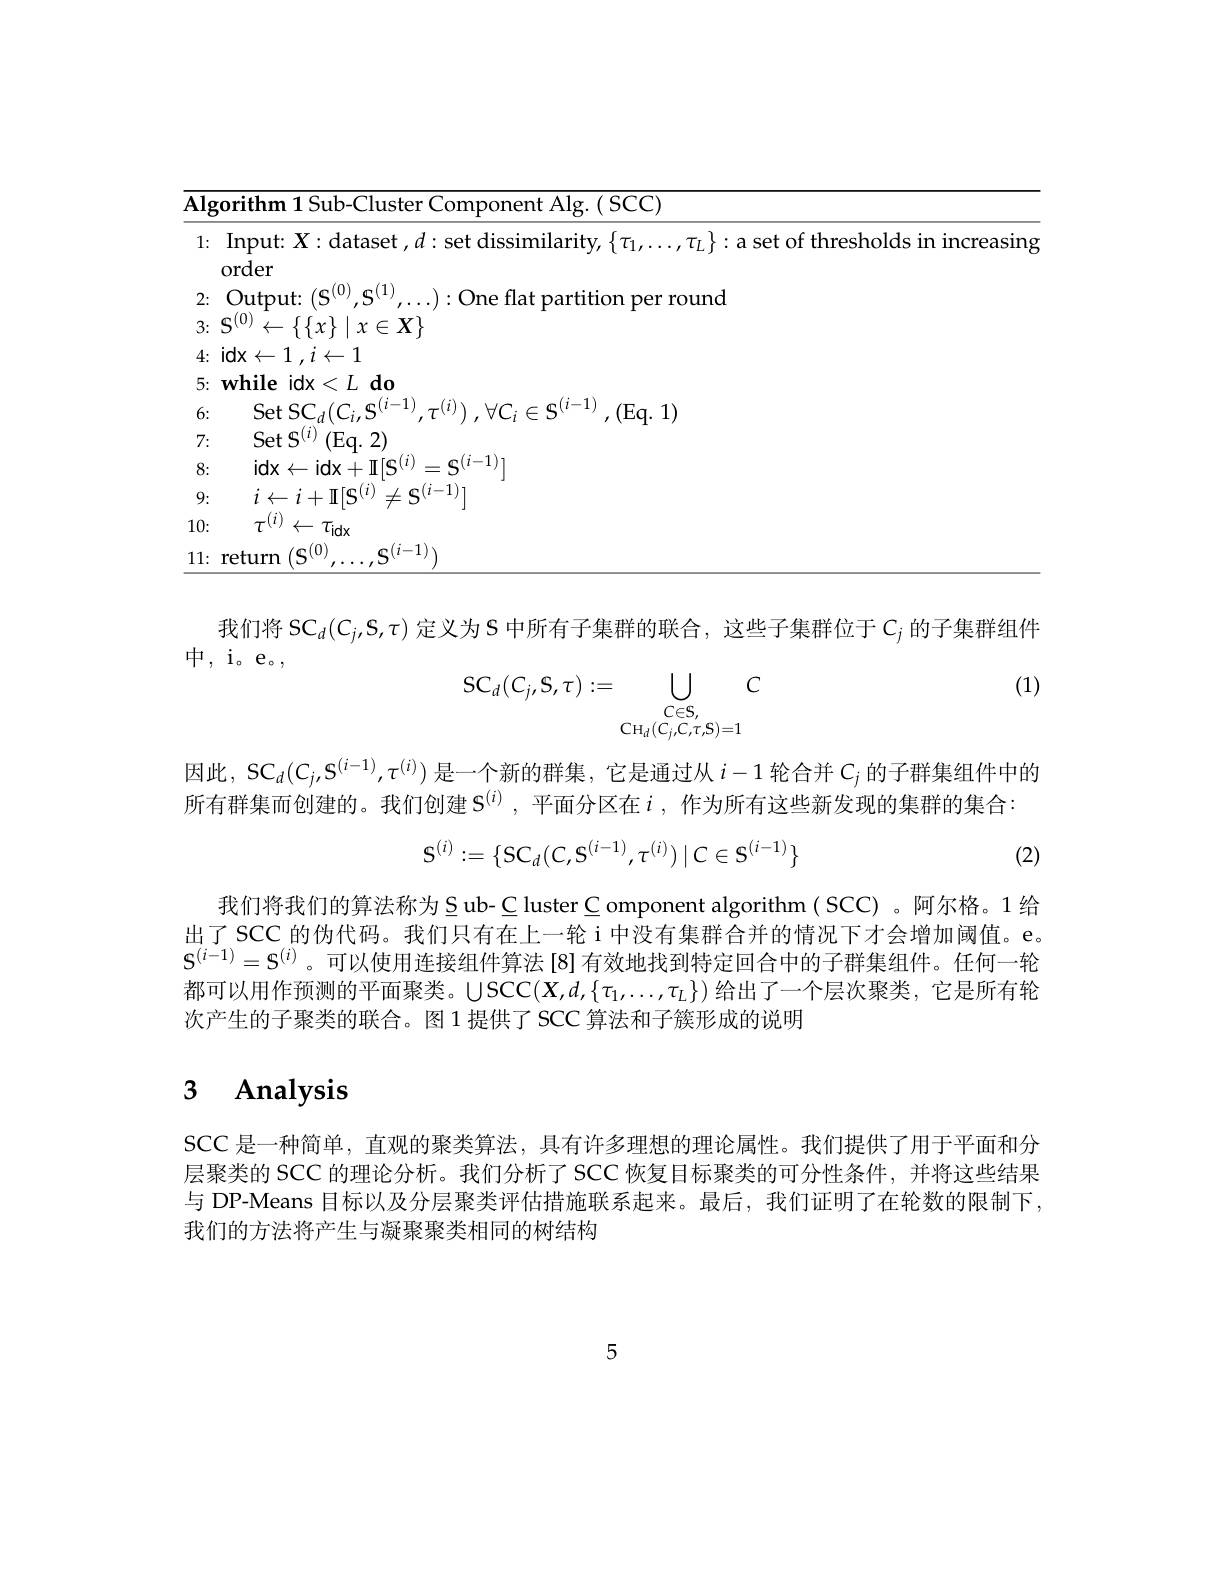
<table>
	<tbody>
		<tr>
			<td>$\overline{\mathbf{Alg}}$</td>
			<td>$\overline{\mathbf{Alg}}$</td>
			<td>rMrifhh ${\mathbf{1.}}$ omponent Alg. ( SCC) </td>
		</tr>
		<tr>
			<td>1:</td>
			<td>1:</td>
			<td>Input: $X:$dataset, $d:$ set dissimilarity, $\{\tau_1,\ldots,\tau_L\}:$ a set of thresholds in increasing order</td>
		</tr>
		<tr>
			<td>6:</td>
			<td>6:</td>
			<td>iet S( (Eq. 1)</td>
		</tr>
		<tr>
			<td>7:</td>
			<td>7:</td>
			<td>$\operatorname{Set}\mathcal{S}^{(i)}\left(\mathrm{Eq.~2}\right)$</td>
		</tr>
		<tr>
			<td>8:</td>
			<td>8:</td>
			<td>idx$\leftarrow$idx+I$[\mathbf{S}^(i)=\mathbf{S}^{(i-1)}]$</td>
		</tr>
		<tr>
			<td>9:</td>
			<td>9:</td>
			<td>$i\leftarrow i+\Pi[\mathbf{S}^{(i)}\neq\mathbf{S}^{(i-1)}]$</td>
		</tr>
		<tr>
			<td>10:</td>
			<td>10:</td>
			<td>$\tau^{(i)}\leftarrow\tau_{\mathrm{idx}}$</td>
		</tr>
		<tr>
			<td>11:</td>
			<td>11:</td>
			<td>return $/{\mathcal{C}}(0)$ $S^{(i-1)}$</td>
		</tr>
	</tbody>
</table>

我们将$SC_d(C_j,S,\tau)$定义为 S 中所有子集群的联合，这些子集群位于$C_j$的子集群组件

中，i。e。,

(1)
$$\mathrm{SC}_d(C_j,\mathrm{S},\tau):=\bigcup_{\begin{array}{c}C\in\mathrm{S},\\\mathrm{CH}_d(C_j,\mathrm{C},\tau,\mathrm{S})=1\end{array}}C$$
因此，SC$_d(C_j,S^{(i-1)},\tau^{(i)})$是一个新的群集，它是通过从$i-1$轮合并$C_j$的子群集组件中的
所有群集而创建的。我们创建$S^{(i)}$,平面分区在$i$,作为所有这些新发现的集群的集合：
$$S^{(i)}:=\{SC_d(C,S^{(i-1)},\tau^{(i)})\mid C\in S^{(i-1)}\}$$
(2)

我们将我们的算法称为$\underline{S}$ ub- C luster C omponent algorithm ( SCC) 。阿尔格。1 给出了SCC 的伪代码。我们只有在上一轮 i 中没有集群合并的情况下才会增加阈值。e $S^{(i-1)}=S^{(i)}$。可以使用连接组件算法[8]有效地找到特定回合中的子群集组件。任何一轮都可以用作预测的平面聚类。$\bigcup\operatorname{SCC}(X,d,\{\tau_1,\ldots,\tau_L\})$给出了一个层次聚类，它是所有轮次产生的子聚类的联合。图 1 提供了 SCC 算法和子簇形成的说明

# 3 Analysis

SCC 是一种简单，直观的聚类算法，具有许多理想的理论属性。我们提供了用于平面和分层聚类的 SCC 的理论分析。我们分析了 SCC 恢复目标聚类的可分性条件，并将这些结果与 DP-Means 目标以及分层聚类评估措施联系起来。最后，我们证明了在轮数的限制下， 我们的方法将产生与凝聚聚类相同的树结构

5